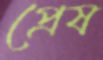
প্রেষ